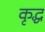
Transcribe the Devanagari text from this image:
कृद्ध